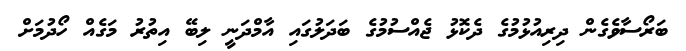
ބަރޯސާވެގެން ދިރިއުޅުމުގެ ދެކޮޅު ޖެއްސުމުގެ ބަދަލުގައި އާމްދަނީ ލިބޭ އިތުރު މަގެއް ހޯދުމަށް